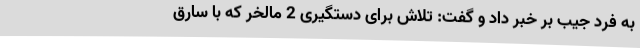
به فرد جیب بر خبر داد و گفت: تلاش برای دستگیری 2 مالخر که با سارق